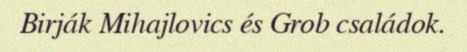
Birják Mihajlovics és Grob családok.